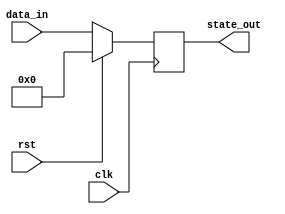
module synchronous_reset_example (
    input wire clk,          // Clock signal
    input wire rst,          // Synchronous reset signal
    input wire [3:0] data_in, // Additional input (example)
    output reg [3:0] state_out // Output state signal
);

    // Define the reset state
    localparam RESET_STATE = 4'b0000; // Example reset state

    // Always block sensitive to the rising edge of the clock
    always @(posedge clk) begin
        if (rst) begin
            // Synchronous reset: set state to reset state
            state_out <= RESET_STATE;
        end else begin
            // Normal operation: update state based on input (example logic)
            state_out <= data_in; // Example operation, replace with actual logic
        end
    end

endmodule